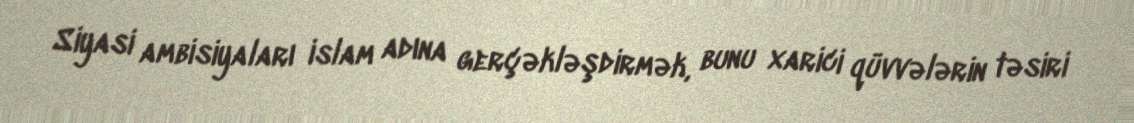
Siyasi ambisiyaları islam adına gerçəkləşdirmək, bunu xarici qüvvələrin təsiri